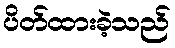
ပိတ်ထားခဲ့သည်